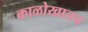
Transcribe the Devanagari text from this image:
काळोखातच